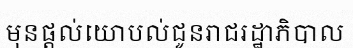
មុនផ្តល់យោបល់ជូនរាជរដ្ឋាភិបាល